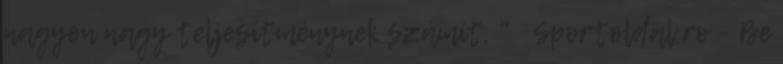
nagyon nagy teljesítménynek számít. " Sportoldal.ro - Be